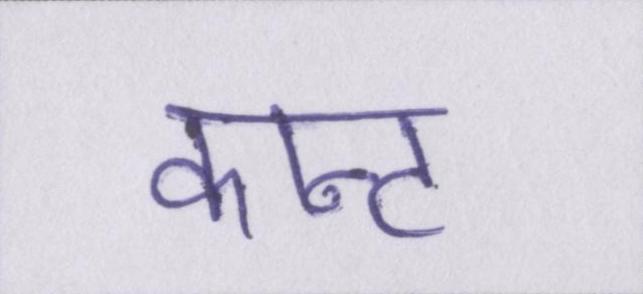
कान्ट